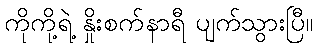
ကိုကို့ရဲ့ နှိုးစက်နာရီ ပျက်သွားပြီ။